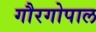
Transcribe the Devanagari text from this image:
गौरगोपाल